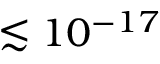
\lesssim 1 0 ^ { - 1 7 }